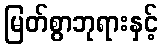
မြတ်စွာဘုရားနှင့်